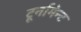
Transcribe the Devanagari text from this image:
टूर्नामेन्ट